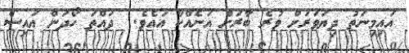
އައިމިނަތު ދިޔަވަރަށް ވުރެ ބާރަށް އަނެއްކާ އައެވެ.  ދައްތަ ހޯދަން އައިސް